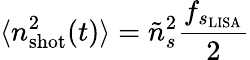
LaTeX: \langle n_{\mathrm{shot}}^{2}(t)\rangle=\tilde{n}_{s}^{2}\frac{f_{s_{\mathrm{{LISA}}}}}{2}